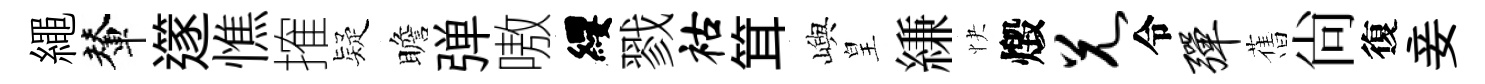
繩輦𨗹憔搉疑瞻弹嗷纓戮祜䇯嶼皇縑快燬兄令弹𦾔尙復妾